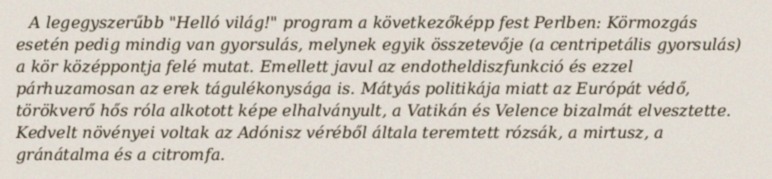
A legegyszerűbb "Helló világ!" program a következőképp fest Perlben: Körmozgás esetén pedig mindig van gyorsulás, melynek egyik összetevője (a centripetális gyorsulás) a kör középpontja felé mutat. Emellett javul az endotheldiszfunkció és ezzel párhuzamosan az erek tágulékonysága is. Mátyás politikája miatt az Európát védő, törökverő hős róla alkotott képe elhalványult, a Vatikán és Velence bizalmát elvesztette. Kedvelt növényei voltak az Adónisz véréből általa teremtett rózsák, a mirtusz, a gránátalma és a citromfa.